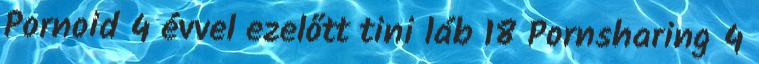
Pornoid 4 évvel ezelőtt tini láb 18 Pornsharing 4